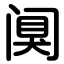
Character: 阒